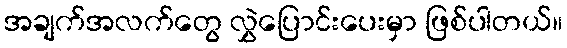
အချက်အလက်တွေ လွှဲပြောင်းပေးမှာ ဖြစ်ပါတယ်။